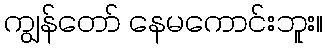
ကျွန်တော် နေမကောင်းဘူး။